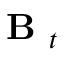
\textbf { B } _ { t }